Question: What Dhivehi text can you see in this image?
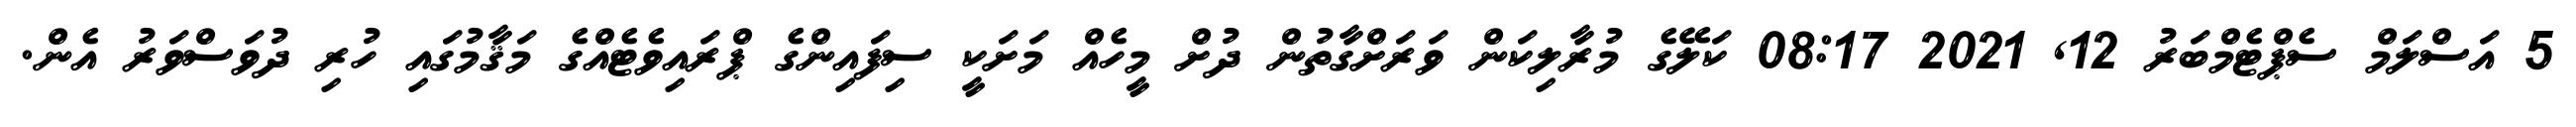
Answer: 5 އަސްލަމް ސެޕްޓެމްބަރު 12, 2021 08:17 ކަލޭގެ މުރާލިކަން ވަރަށްގާތުން ދުށް މީހެއް މަށަކީ ސިފައިންގެ ޕްރައިވެޓެއްގެ މަޤާމުގައި ހުރި ދުވަސްވަރު އެން.